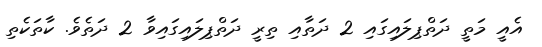
އެއީ މަތީ ދަތްޕިލައިގައި 2 ދަތާއި ތިރީ ދަތްޕިލައިގައިވާ 2 ދަތެވެ. ކާތަކެތި